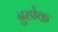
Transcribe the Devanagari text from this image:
दुहोक